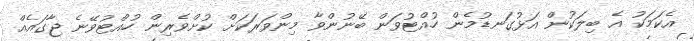
އެކަމަކު އެ ބިލަކުން އަޅުގަނޑުމެން ހުއްޓުވަން ބޭނުންވާ މިންވަރަކަށް ކުށްވެރިން ހުއްޓުވޭނެ ޖާގައެއް